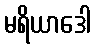
မရိယာဒေါ